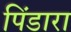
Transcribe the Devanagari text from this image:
पिंडारा